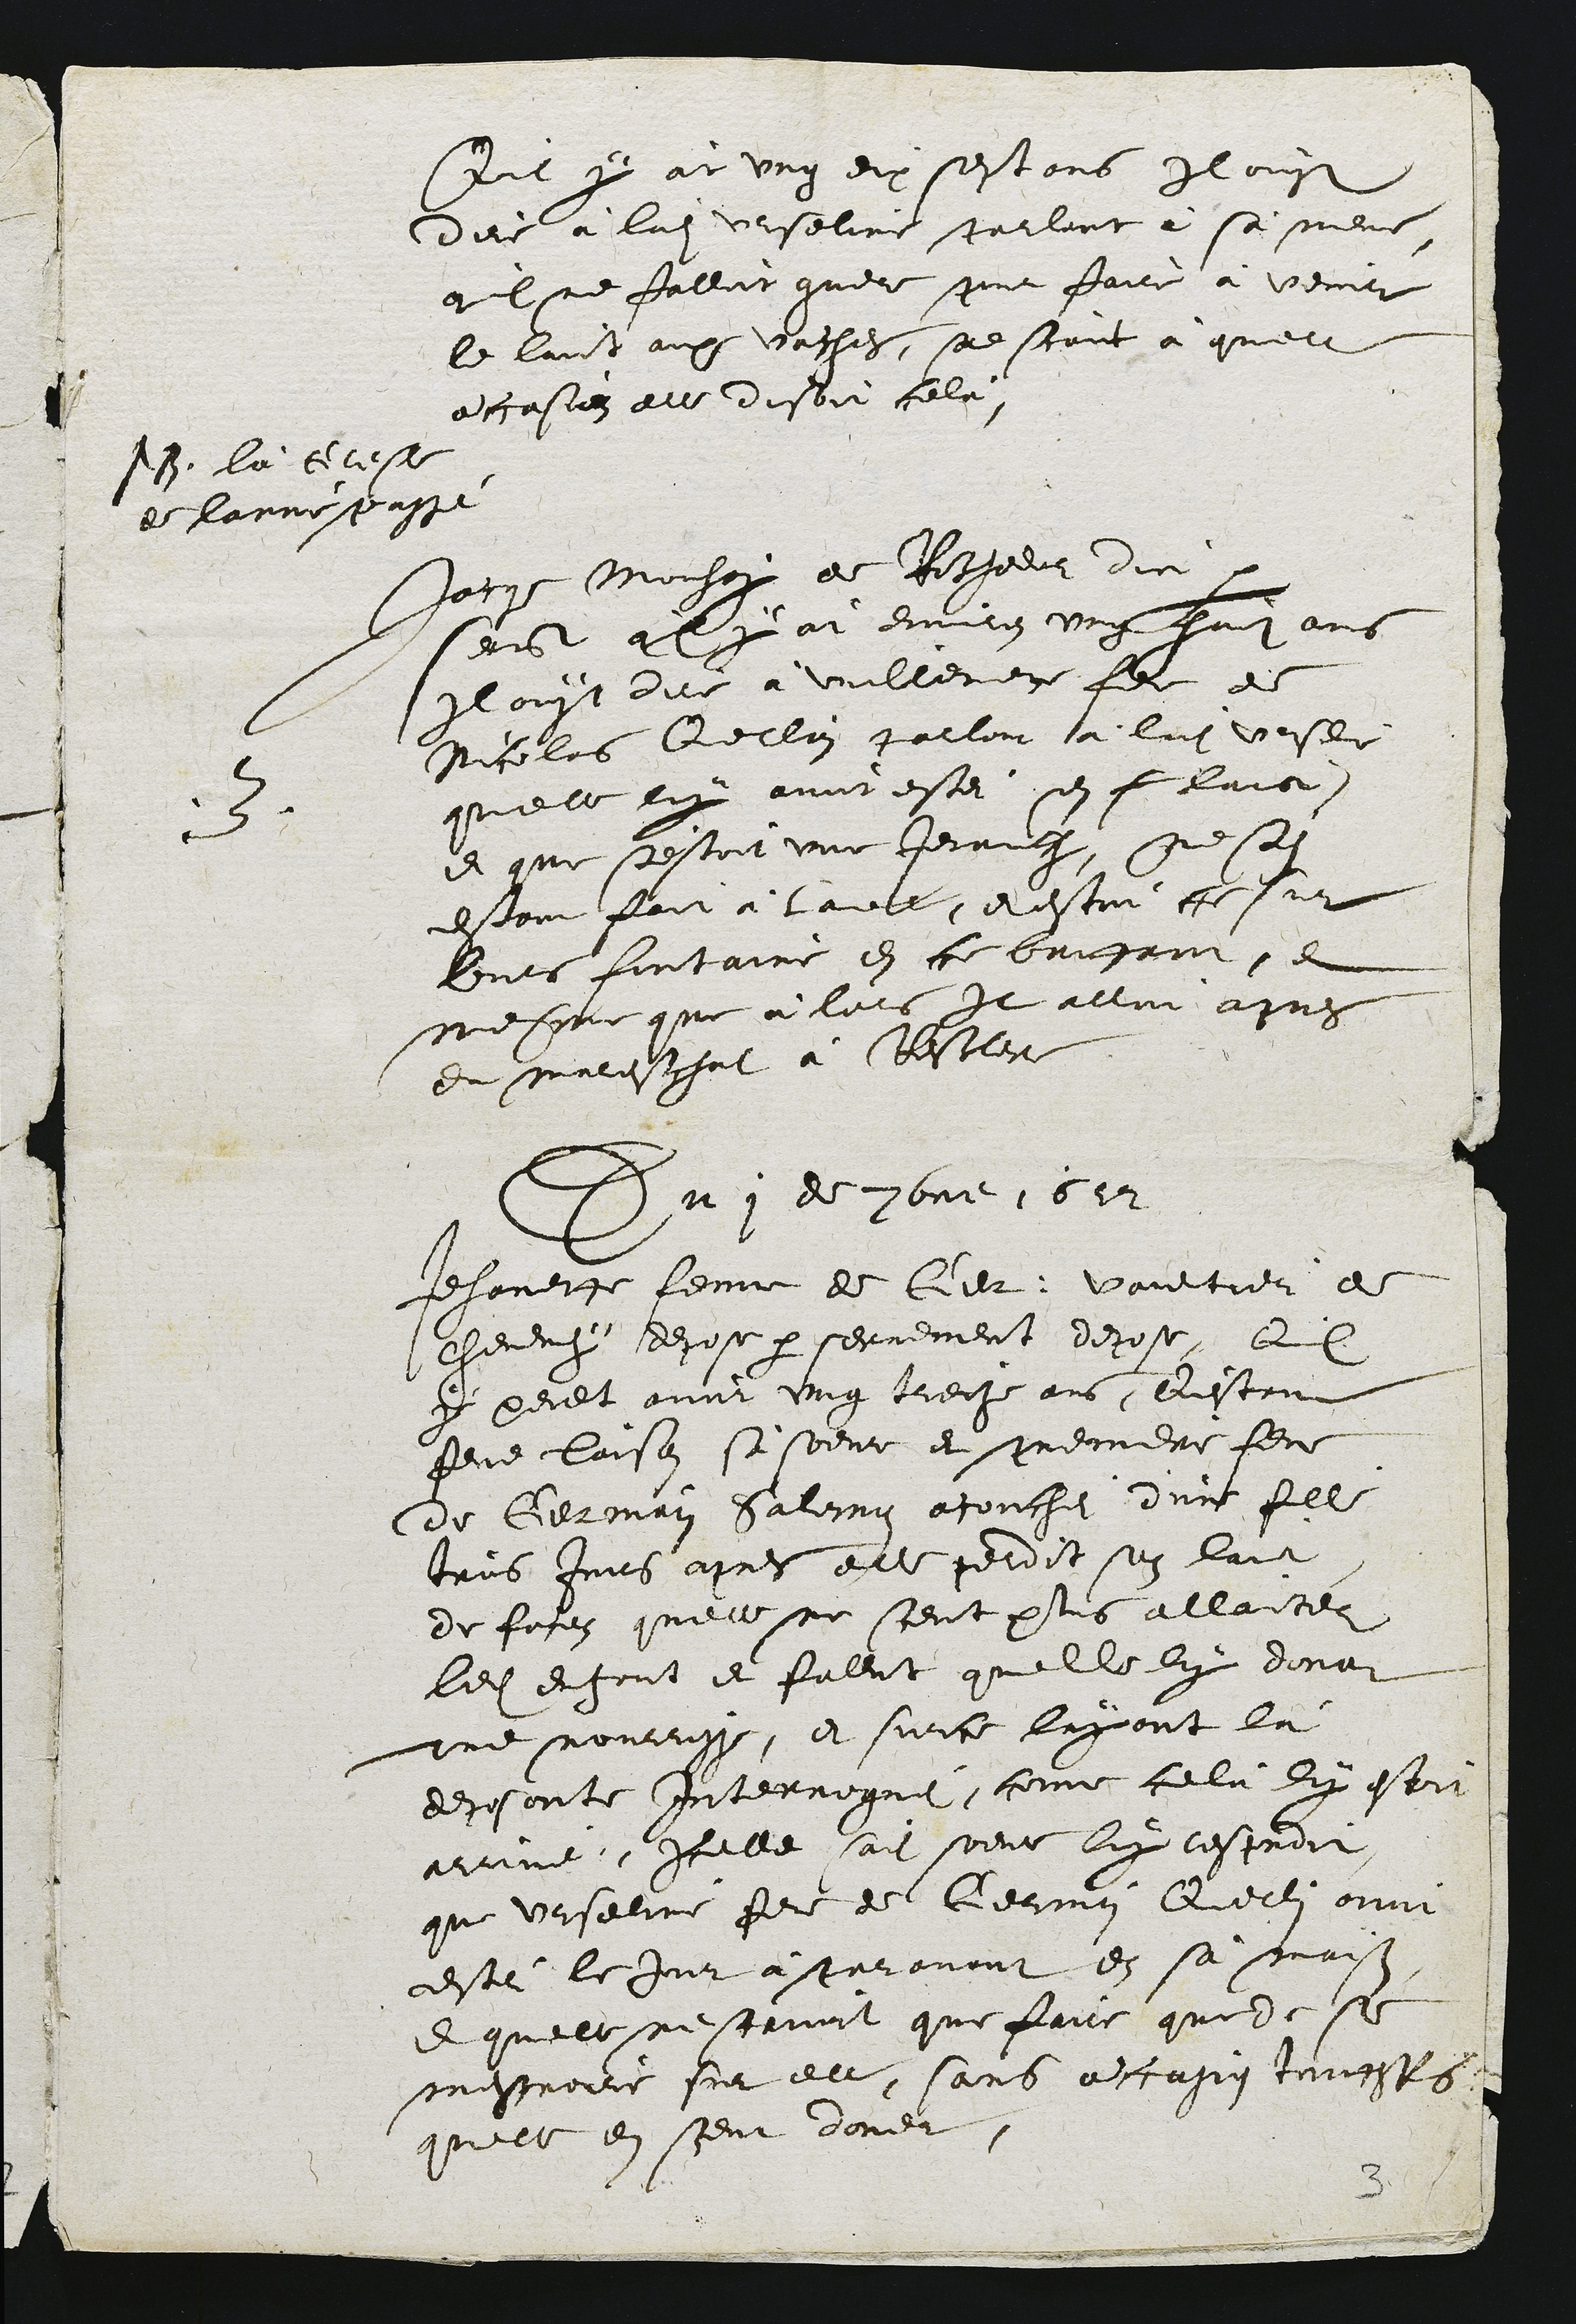
il y àt ung dix sestans Il ouyt
dire à ladite Urseline parlant à sa mene,
quil ne falloit guere pour faire à venir
le laict aux vacles, ne scavt à quelle
accasiez elle disoit cela,

NB. là cleste
de lanne passe

3
Japre Monhey de Rochedr diet p
seibt ay àt environ ung heunt ans
Il ouyt dire à Vuillemente fem de
Nicolas Qellon parloit à ladite vesee
quelle luy avoit estei sen flaict.
et que s'estoit une Jerauche, ne sadite
deton fait à lavel, et estoit cheur
leurs fontaine en ce bunfaot per
mesme que à lors Il alloit apres
du mardichat à Rescler

Du 1 de 7bme 1512

Jehanete feme de Cier,: Voultrer de
cheveny depose par serrement depose, Qil
y peult avoir ung trecze ans, Qestant
feue laison si soeur et premiere feve
de Germain Salomon acouchei dune fille
trois Jouirs apres elle perdit son lait
de fores quelle ne sceut plus allaites
ledit enfant et faleut quelle luy dona
une nourrisse, et surce layant là
deposante Interrogué, comme celu luy estei
arrivé, icelle sait soeur luy resproit
que Urseline fere de Germain Querlin avoit
esté le jur à paravant en sa maison
ee quelle ne scrvoit que faire quele se
messioire sur elle, sans accasio toutsts
quelle en sceut doner,